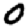
Digit: 0